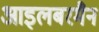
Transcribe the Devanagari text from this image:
आइलबरमैन